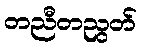
တညီတညွတ်